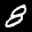
Label: 8